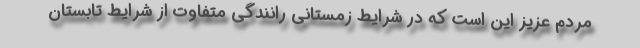
مردم عزیز این است که در شرایط زمستانی رانندگی متفاوت از شرایط تابستان